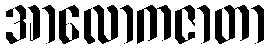
အာလောကဇာတာ